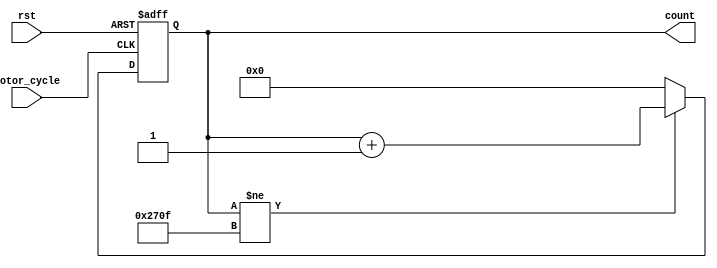
module DistanCounter(
	//
	motor_cycle,
	rst,

	//
	count

	);
	input motor_cycle,rst;
	output [13:0] count;
	reg [13:0] count;
	always @(posedge motor_cycle or negedge rst)
	begin
		if(!rst) 
			begin
				count<=0;
			end
		else
			begin
				if(count!=9999) 
					begin
						count<=count+1;
					end
				else
					begin
						count<=0;
					end
			end
	end
endmodule